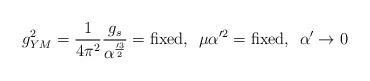
LaTeX: \begin{align*}g_{YM}^2 = {1 \over 4 \pi^2} {g_s \over \alpha'^{3 \over 2}} = \mbox{fixed},\hspace{2mm} \mu \alpha'^2 = \mbox{fixed}, \hspace{2mm} \alpha' \to 0\end{align*}